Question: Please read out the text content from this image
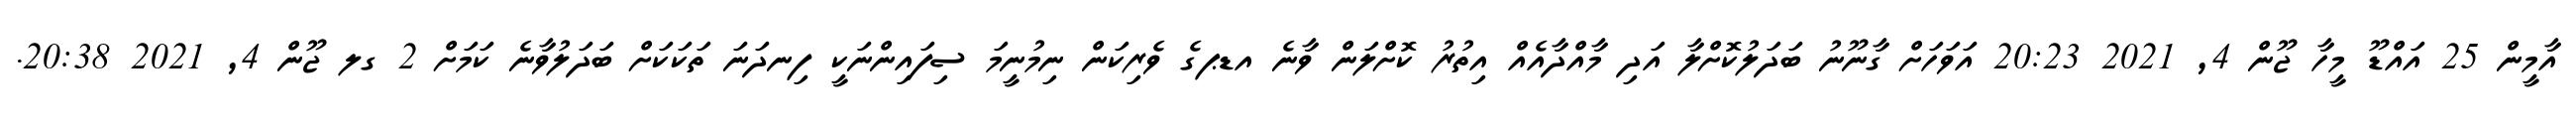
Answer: އާމީން 25 އައްޑޫ މީހާ ޖޫން 4, 2021 20:23 އަވަހަށް ގާނޫނު ބަދަލުކޮށްލާ އަދި މާއްދާއެއް އިތުރު ކޮށްލަން ވާނެ އޑޕގެ ވެރިކަން ނިމުނީމަ ސިފައިންނަކީ ފިނދަނަ ތަކަކަށް ބަދަލުވާނެ ކަމަށް 2 ގލ ޖޫން 4, 2021 20:38.